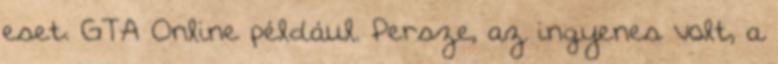
eset. GTA Online például. Persze, az ingyenes volt, a